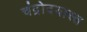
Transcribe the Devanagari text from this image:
चंद्रोदयास्त